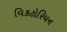
વિકટોરિયન